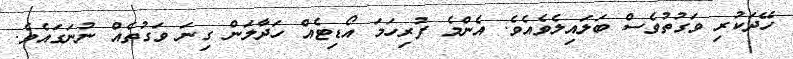
ހޭދަކުރި ވަގުތުވެސް ބަލައިލެވެއެވެ. އެންމެ ފުރިހަމަ އޯޑިޓެއް ހަދާލަން ގިނަ ވަގުތެއް ނުނަގައެވެ.